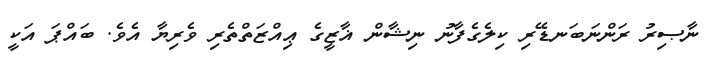
ނާޞިރު ރަންނަބަނޑޭރި ކިލެގެފާނު ނިޝާން ޣާޒީގެ ޢިއްޒަތްތެރި ވެރިޔާ އެވެ. ބައްޕަ އަކީ